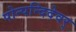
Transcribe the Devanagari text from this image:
पोन्पन्दिदेवर्